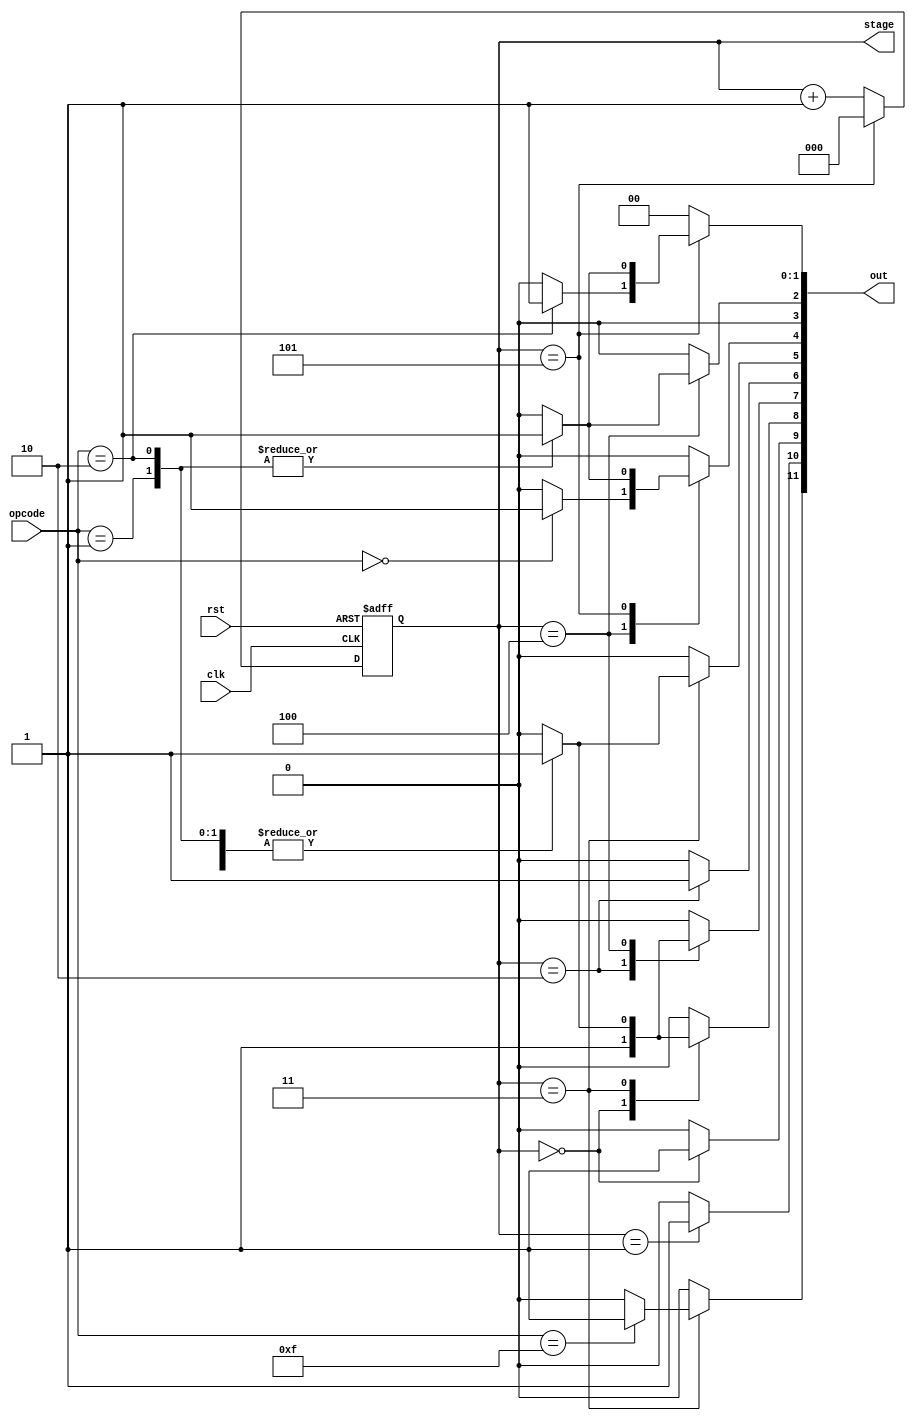
module controller(
    input clk,
    input rst,
    input [3:0] opcode,
    output [11:0] out,
    output reg [2:0] stage  // Expose stage as output
);

localparam SIG_HLT_VALUE       = 11;
localparam SIG_PC_INC_VALUE    = 10;
localparam SIG_PC_EN_VALUE     = 9;
localparam SIG_MEM_LOAD_VALUE  = 8;
localparam SIG_MEM_EN_VALUE    = 7;
localparam SIG_IR_LOAD_VALUE   = 6;
localparam SIG_IR_EN_VALUE     = 5;
localparam SIG_A_LOAD_VALUE    = 4;
localparam SIG_A_EN_VALUE      = 3;
localparam SIG_B_LOAD_VALUE    = 2;
localparam SIG_ADDER_SUB_VALUE = 1;
localparam SIG_ADDER_EN_VALUE  = 0;

localparam OP_LDA = 4'b0000;
localparam OP_ADD = 4'b0001;
localparam OP_SUB = 4'b0010;
localparam OP_HLT = 4'b1111;

reg [11:0] ctrl_word;

always @(posedge clk or posedge rst) begin
    if (rst) begin
        stage <= 0;
    end else begin
        if (stage == 5) begin
            stage <= 0;
        end else begin
            stage <= stage + 1;
        end
    end
end

always @(*) begin
    ctrl_word = 12'b0;

    case (stage)
        0: begin
            ctrl_word[SIG_PC_EN_VALUE] = 1;
            ctrl_word[SIG_MEM_LOAD_VALUE] = 1;
        end
        1: begin
            ctrl_word[SIG_PC_INC_VALUE] = 1;
        end
        2: begin
            ctrl_word[SIG_MEM_EN_VALUE] = 1;
            ctrl_word[SIG_IR_LOAD_VALUE] = 1;
        end
        3: begin
            case (opcode)
                OP_LDA: begin
                    ctrl_word[SIG_IR_EN_VALUE] = 1;
                    ctrl_word[SIG_MEM_LOAD_VALUE] = 1;
                end
                OP_ADD: begin
                    ctrl_word[SIG_IR_EN_VALUE] = 1;
                    ctrl_word[SIG_MEM_LOAD_VALUE] = 1;
                end
                OP_SUB: begin
                    ctrl_word[SIG_IR_EN_VALUE] = 1;
                    ctrl_word[SIG_MEM_LOAD_VALUE] = 1;
                end
                OP_HLT: begin
                    ctrl_word[SIG_HLT_VALUE] = 1;
                end
            endcase
        end
        4: begin
            case (opcode)
                OP_LDA: begin
                    ctrl_word[SIG_MEM_EN_VALUE] = 1;
                    ctrl_word[SIG_A_LOAD_VALUE] = 1;
                end
                OP_ADD: begin
                    ctrl_word[SIG_MEM_EN_VALUE] = 1;
                    ctrl_word[SIG_B_LOAD_VALUE] = 1;
                end
                OP_SUB: begin
                    ctrl_word[SIG_MEM_EN_VALUE] = 1;
                    ctrl_word[SIG_B_LOAD_VALUE] = 1;
                end
            endcase
        end
        5: begin
            case (opcode)
                OP_ADD: begin
                    ctrl_word[SIG_ADDER_EN_VALUE] = 1;
                    ctrl_word[SIG_A_LOAD_VALUE] = 1;
                end
                OP_SUB: begin
                    ctrl_word[SIG_ADDER_SUB_VALUE] = 1;
                    ctrl_word[SIG_ADDER_EN_VALUE] = 1;
                    ctrl_word[SIG_A_LOAD_VALUE] = 1;
                end
            endcase
        end
    endcase
end

assign out = ctrl_word;



endmodule